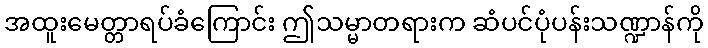
အထူးမေတ္တာရပ်ခံကြောင်း ဤသမ္မာတရားက ဆံပင်ပုံပန်းသဏ္ဍာန်ကို